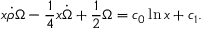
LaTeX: x \dot { \rho } \Omega - \frac { 1 } { 4 } x \dot { \Omega } + \frac { 1 } { 2 } \Omega = c _ { 0 } \ln x + c _ { 1 } .